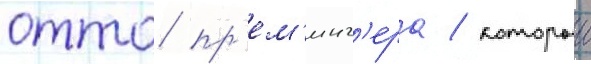
отто пр'ем'инг'ера / которыи